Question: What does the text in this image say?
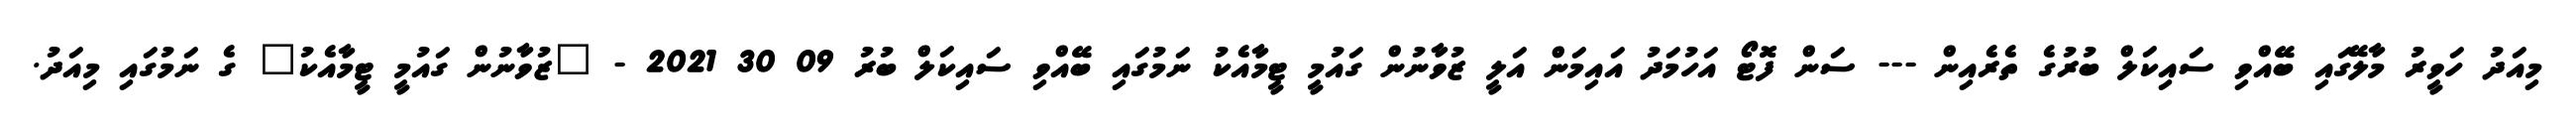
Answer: މިއަދު ހަވީރު މާލޭގައި ބޭއްވި ސައިކަލް ބުރުގެ ތެރެއިން --- ސަން ފޮޓޯ އަހުމަދު އައިމަން އަލީ ޒުވާނުން ގައުމީ ޓީމާއެކު ނަމުގައި ބޭއްވި ސައިކަލް ބުރު 09 30 2021 - "ޒުވާނުން ގައުމީ ޓީމާއެކު" ގެ ނަމުގައި މިއަދު.